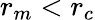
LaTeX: r_{m}<r_{c}